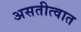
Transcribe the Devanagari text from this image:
असतीत्वात